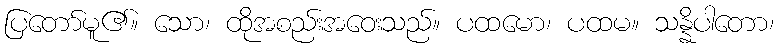
ပြတော်မူ၏။ သော၊ ထိုအစည်းအဝေးသည်။ ပထမော၊ ပထမ။ သန္နိပါတော၊